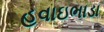
હવાઇભાડા